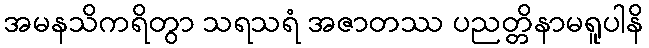
အမနသိကရိတွာ သရသရံ အဇာတဿ ပညတ္တိနာမရူပါနိ